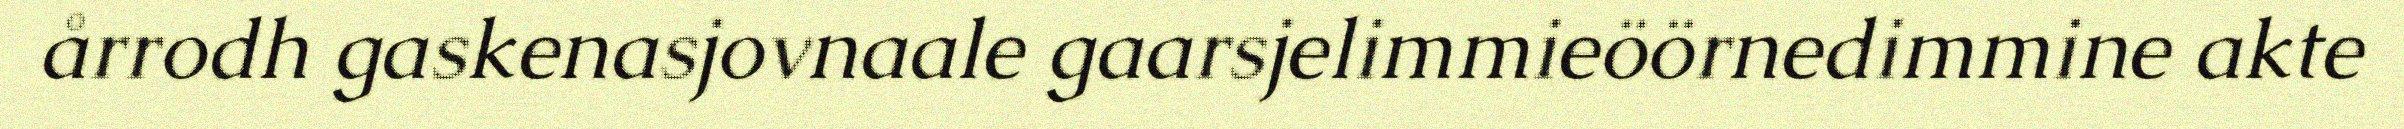
årrodh gaskenasjovnaale gaarsjelimmieöörnedimmine akte